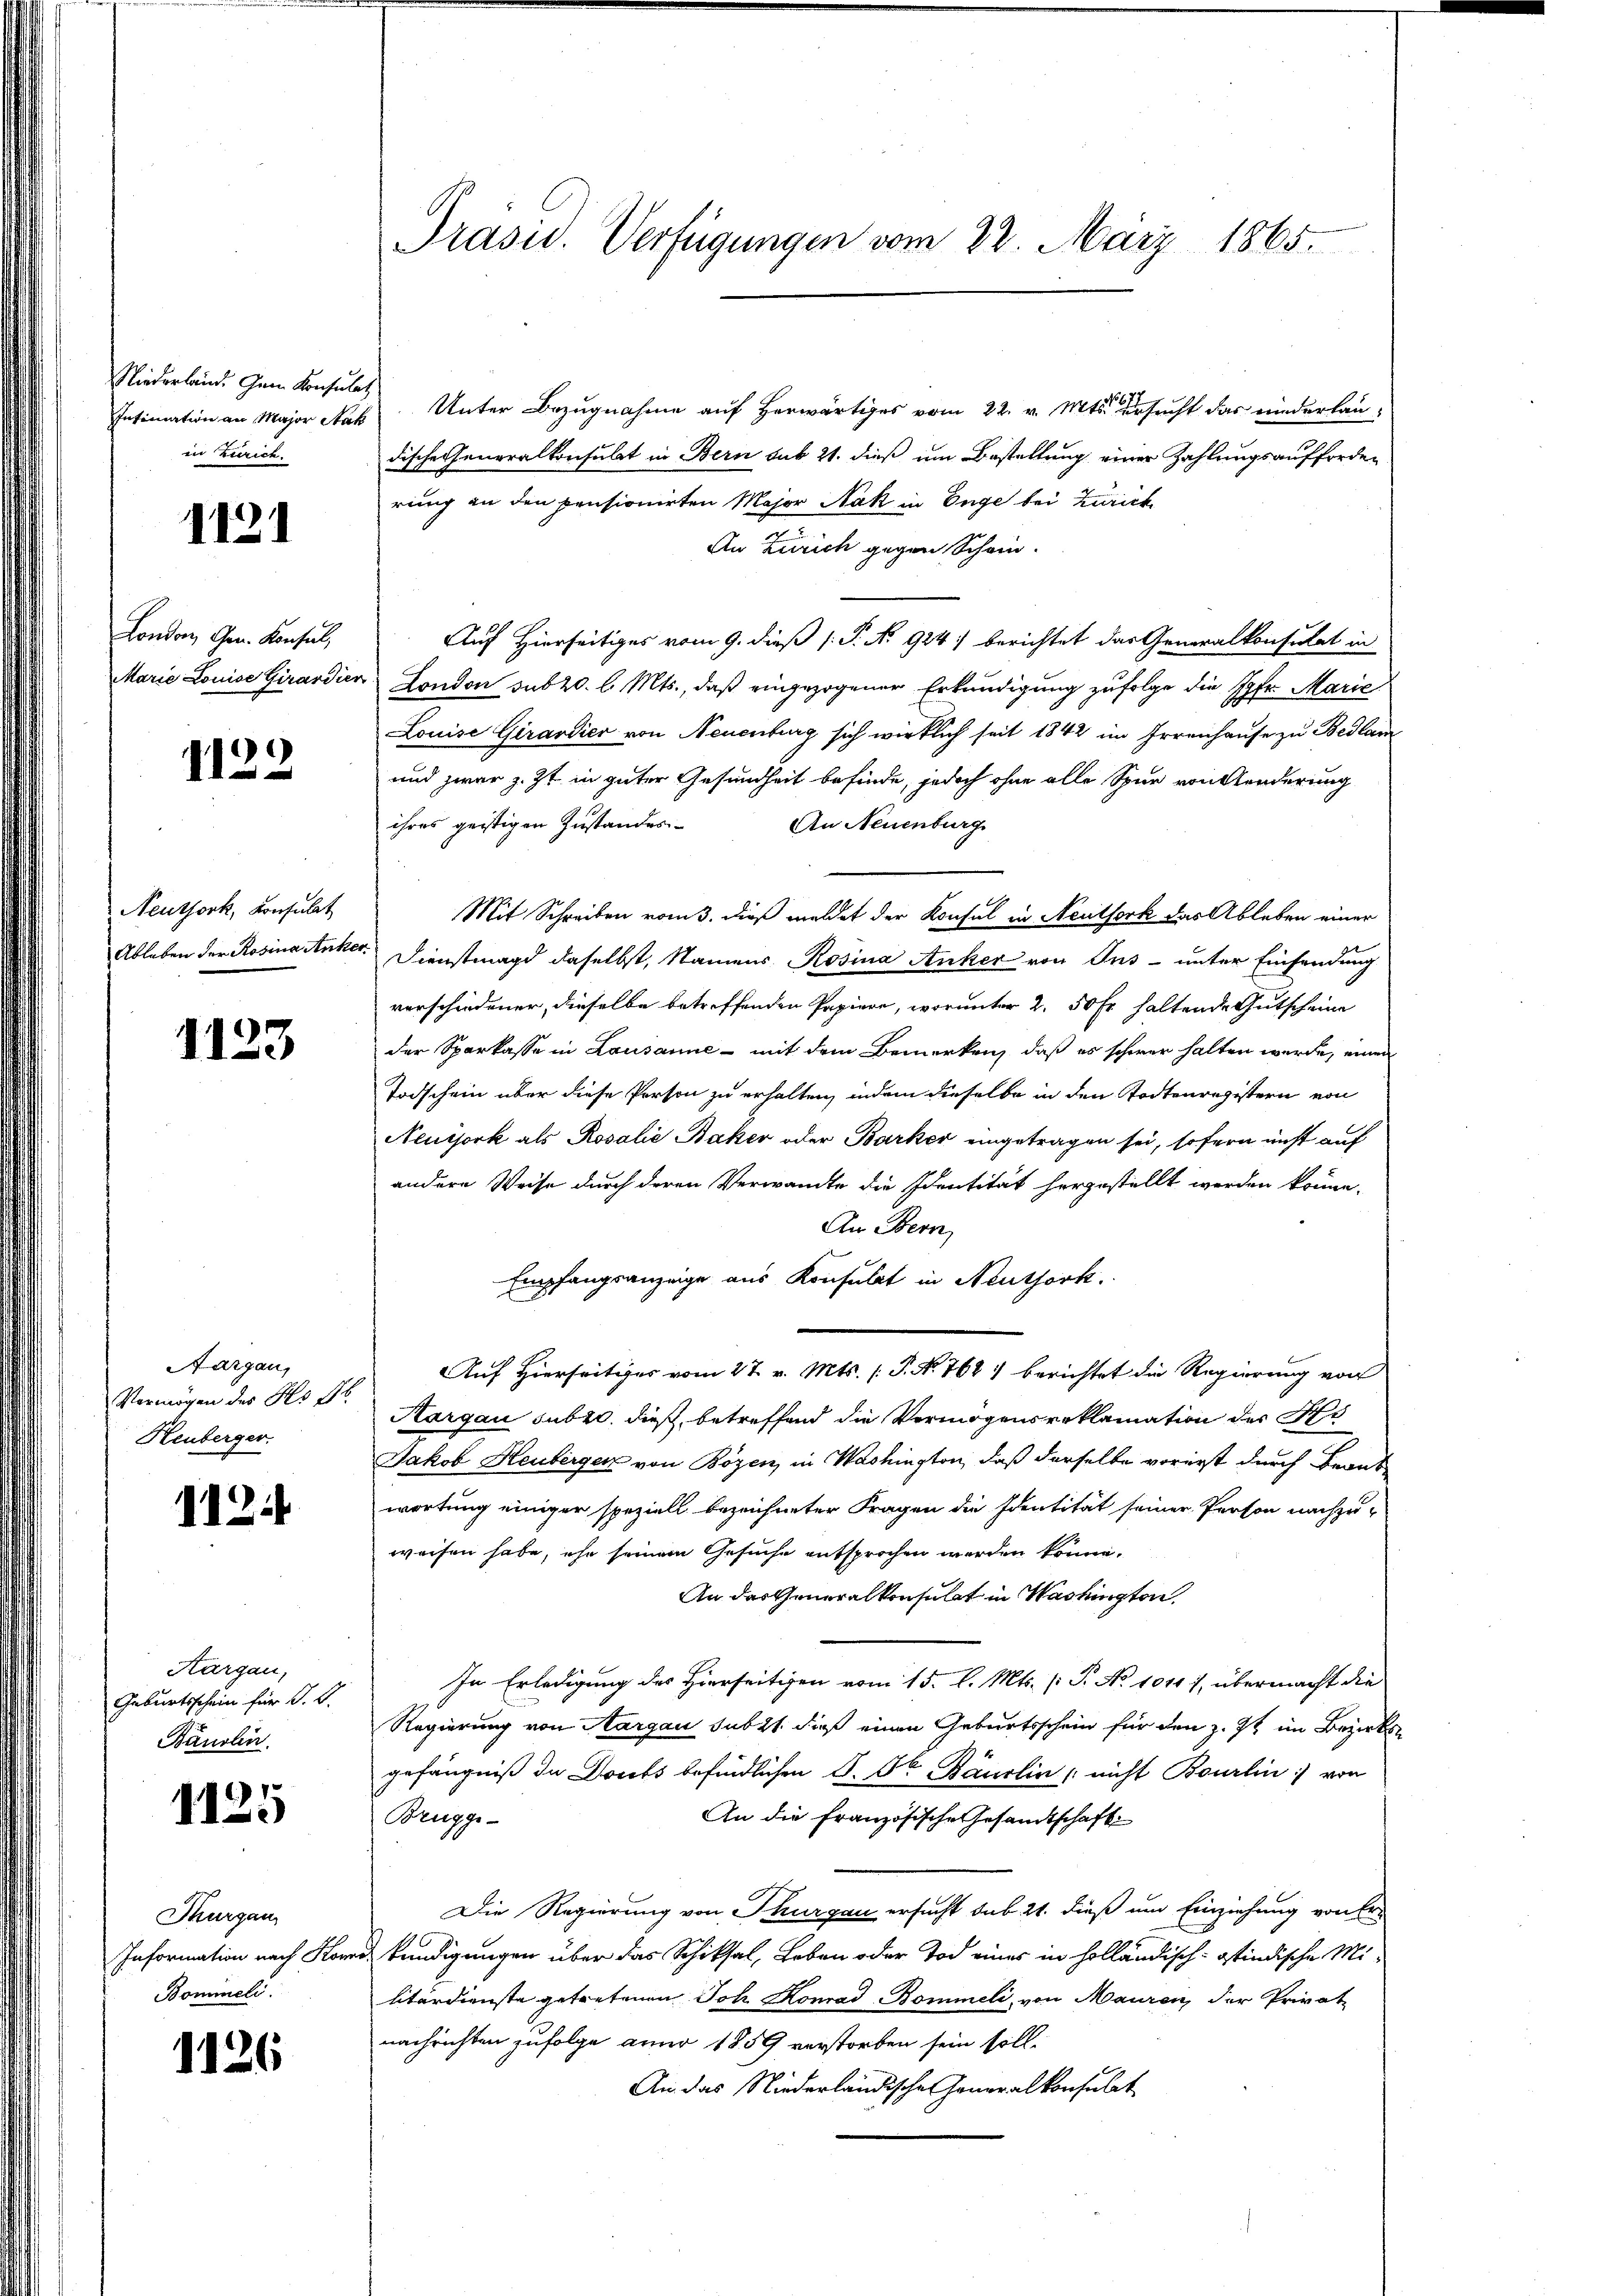
Niederland. Gem Konsulat
Intimation an Major Stat
in Zürich.

1121

London Gen. Konsul,
Marie Louise Girardier

1123

Neuthork, Konsulat
Ableben der Rosina Anke

1123

Aargau,
Vermögen des Hs. Jb.
Heuberger.

112.

Kargau,
Geburtsschein für J. C.
Bänslin

1125

Thurgau,
Information nach Kom
Bommeli.

1126

Präsid. Verfügungen vom 22. März 1865.

Unter Bezugnahme auf herwärtiges vom 22. v. Mts. ersucht das niederlaudische Generalkonsulat in Bern sub 21. dieß um Bestellung einer Zahlungsaufforder
rung an den pensionirten Major Nak in Enge bei Zürich
An Zürich gegen Schein-
Auf Hierseitiges vom 9. dieß (: P. No. 924 berichtet das Generalkonsulat in
London sub 20. d. Mts., daß eingezogener Erkundigung zufolge die Jgfr. Marie
Louise Girardier von Neuenburg sich wirklich seit 1842 im Irrenhause zu Bedlam
und zwar z. Zt. in guter Gesundheit befinde, jedoch ohne alle Spur von Aenderung
ihres geistigen Zustandes-
An Neuenburg
Mit Schreiben vom 3. dieß meldet der Konsul in Neutfork das Ableben einer
 Dienstmagd daselbst, Namens Rosina Auker von Jus - unter Einsendung
verschiedener, dieselbe betreffenden Papiere, worunter 2. 50 Fr. haltende Gutscheine
der Sparkasse in Lausanne - mit dem Bemerken, daß es schwer halten werde, einen
Todschein über diese Person zu erhalten, indem dieselbe in den Todtenregistern von
Neuijork als Rosalie Bäker oder Barker eingetragen sei, sofern nicht auf
andere Weise durch deren Verwandte die Identität herzustellt werden könne.
An Bern,
Empfangsanzeige aus Konsulat in Neuthork.
Auf Hierseitiges vom 27. v. Mts. (T. No. 768) berichtet die Regierung von
Aargau subro, dieß, betreffend die Vermögenserklamation der Ge
Jakob Heuberger von Bozen, in Washington, daß derselbe vorerst durch Braus
wortung einiger speziell bezeichneter Fragen die Identität seiner Person nachzuweisen habe, ehe seinem Gesuche entsprochen werden könne.
An das Generalkonsulat in Washington,
In Erledigung des Hierseitigen vom 15. l. Mts. (T. No 1011 7, übermacht die
Regierung von Aargau subst dieß einen Geburtsschein für den z. Zt. im Bezirks
gefängniß da Doubs befindlichen S. der Bäurlin nicht Bourlin von
Brügge-
An die Französische Gesandtschaft
Die Regierung von Thurgau ersucht sub 21. dieß um Einziehung von Er
kündigungen über das Schiksal, Leben oder Tod eines in holländisch-stindische Mi-
litärdienste getretenen Joh Konrad Bommeli, von Mauren, der Privat
nachrichten zufolge anno 1859 verstorben sein soll.
An das Niederländische Generalkonsulat